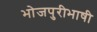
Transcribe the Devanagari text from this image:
भोजपुरीभाषी